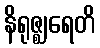
နိရုဇ္ဈရေတိ